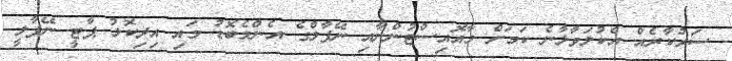
ސަރުކާރެއް އެކުލަވާލާނެ ކަމަށް މާއޮއިސްޓުންނާއި ނޭޕާލްގެ އެންމެބޮޑު މައި އިދިކޮޅު ޕާޓީ ނޭޕާލީ